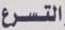
التسرع